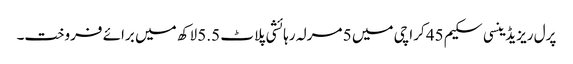
پرل ریزیڈینسی سکیم 45 کراچی میں 5 مرلہ رہائشی پلاٹ 5.5 لاکھ میں برائے فروخت۔